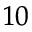
^ { 1 0 }